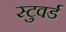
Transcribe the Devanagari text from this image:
स्टुवर्ड